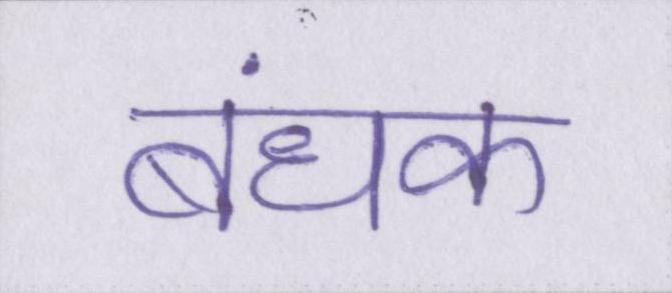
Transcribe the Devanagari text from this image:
बंधक